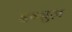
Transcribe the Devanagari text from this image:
इन्त्रुज़